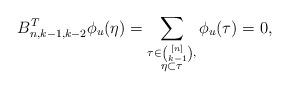
LaTeX: \begin{align*} B^{T}_{n,k-1,k-2}\phi_u(\eta)= \sum_{\substack{\tau\in\binom{[n]}{k-1},\\ \eta\subset\tau}} \phi_u(\tau) = 0,\end{align*}